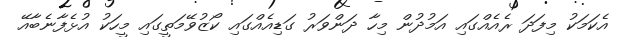
އެކަމަކު މިފަދަ ރެއެއްގައި އަމުދުން މިހާ ދަންވަރު ގަޑިއެއްގައި ކޯޒުވޭމަތީގައި މީހަކު އުޅެފާނެބާއޭ